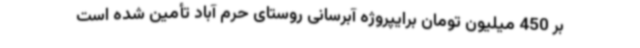
بر 450 میلیون تومان برایپروژه آبرسانی روستای حرم آباد تأمین شده است